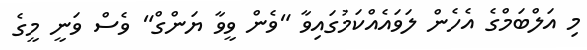
މި އަލްބަމްގެ އެހެން ލަވައެއްކަމުގައިވާ "ވެން ވީވާ ޔަންގް" ވެސް ވަނީ މީގެ